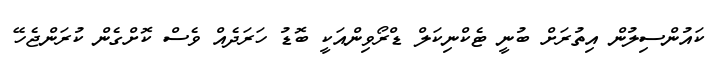
ކައުންސިލުން އިތުރަށް ބުނީ ޓެކްނިކަލް ޑްރޯވިންއަކީ ބޮޑު ހަރަދެއް ވެސް ކޮށްގެން ކުރަންޖެހޭ